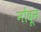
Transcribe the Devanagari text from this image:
नोंदून